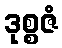
ဒုစ္စဇံ